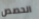
الحصص